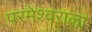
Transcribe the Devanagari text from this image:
परमेश्‍वराला